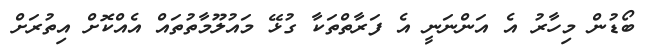
ބޯޑުން މިހާރު އެ އަންނަނީ އެ ފަރާތްތަކާ ގުޅޭ މައުލޫމާތުތައް އެއްކޮށް އިތުރަށް